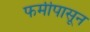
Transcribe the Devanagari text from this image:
फर्मीपासून